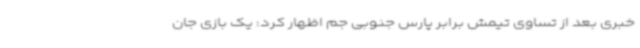
خبری بعد از تساوی تیمش برابر پارس جنوبی جم اظهار کرد: یک بازی جان